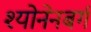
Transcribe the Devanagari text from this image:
श्योनेनबर्ग